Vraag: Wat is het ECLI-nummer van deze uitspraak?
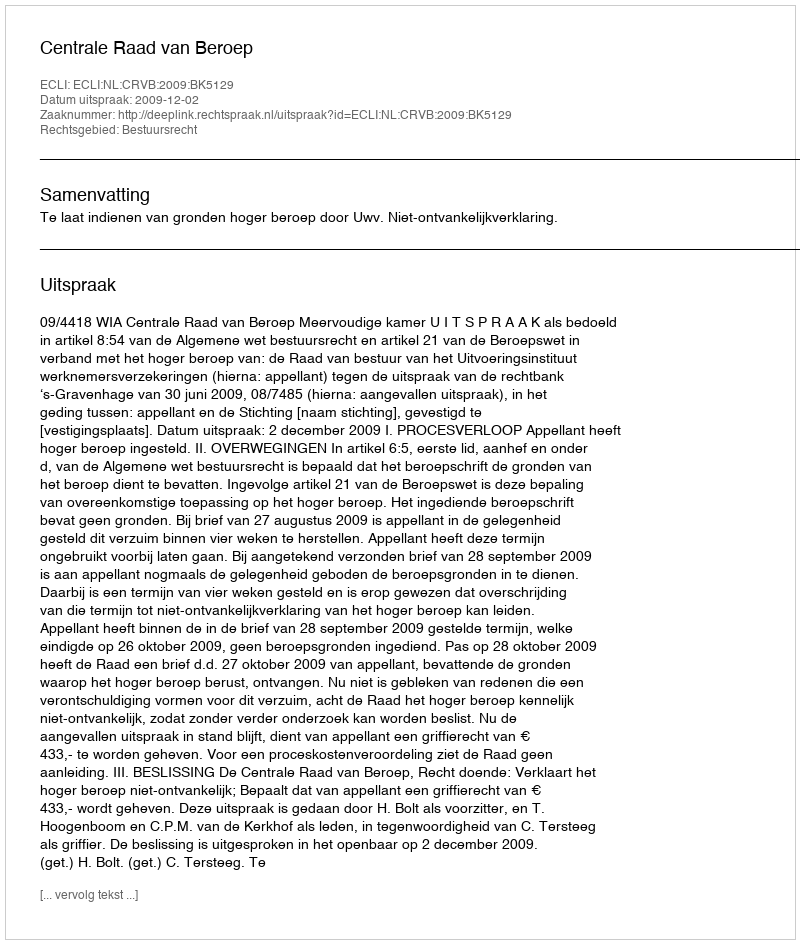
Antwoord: ECLI:NL:CRVB:2009:BK5129